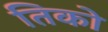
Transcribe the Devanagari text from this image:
तिको